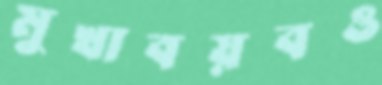
মুখাবয়বও